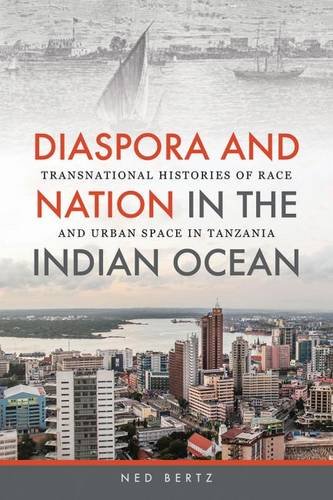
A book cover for Diaspora and Nation in the Indian Ocean: Transnational Histories of Race and Urban Space in Tanzania; Ned Bertz; History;